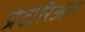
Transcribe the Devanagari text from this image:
प्रेटोरिअस